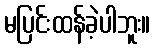
မပြင်းထန်ခဲ့ပါဘူး။